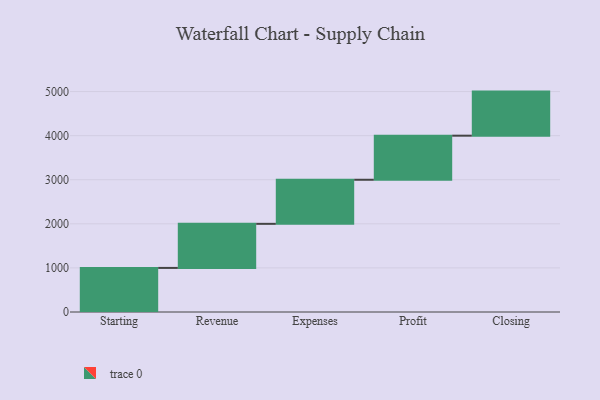
{"axis": {"x": "Step", "y": "Value"}, "legend": [""], "data": [{"x": "Starting", "y": 1000, "type": ""}, {"x": "Revenue", "y": 1000, "type": ""}, {"x": "Expenses", "y": 1000, "type": ""}, {"x": "Profit", "y": 1000, "type": ""}, {"x": "Closing", "y": 1000, "type": ""}]}